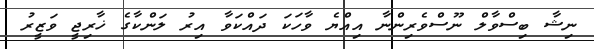
ނިޝާ ބިސްވާލް ނޫސްވެރިންނާ އިއްޔެ ވާހަކަ ދައްކަވާ އިރު ލަންކާގެ ޚާރިޖީ ވަޒީރު